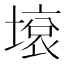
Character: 㙥